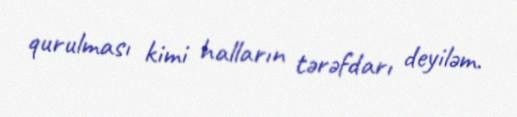
qurulması kimi halların tərəfdarı deyiləm.